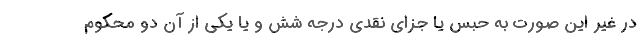
در غیر این صورت به حبس یا جزای نقدی درجه شش و یا یکی از آن دو محکوم